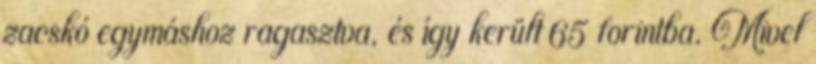
zacskó egymáshoz ragasztva, és így került 65 forintba. Mivel